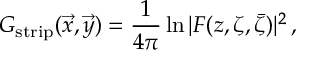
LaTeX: G _ { \mathrm { s t r i p } } ( \vec { x } , \vec { y } ) = { \frac { 1 } { 4 \pi } } \ln | F ( z , \zeta , \bar { \zeta } ) | ^ { 2 } \, , \nonumber